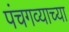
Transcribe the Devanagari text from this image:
पंचगव्याच्या